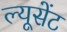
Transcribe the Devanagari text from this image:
ल्यूसेंट